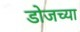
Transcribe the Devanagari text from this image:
डोजच्या